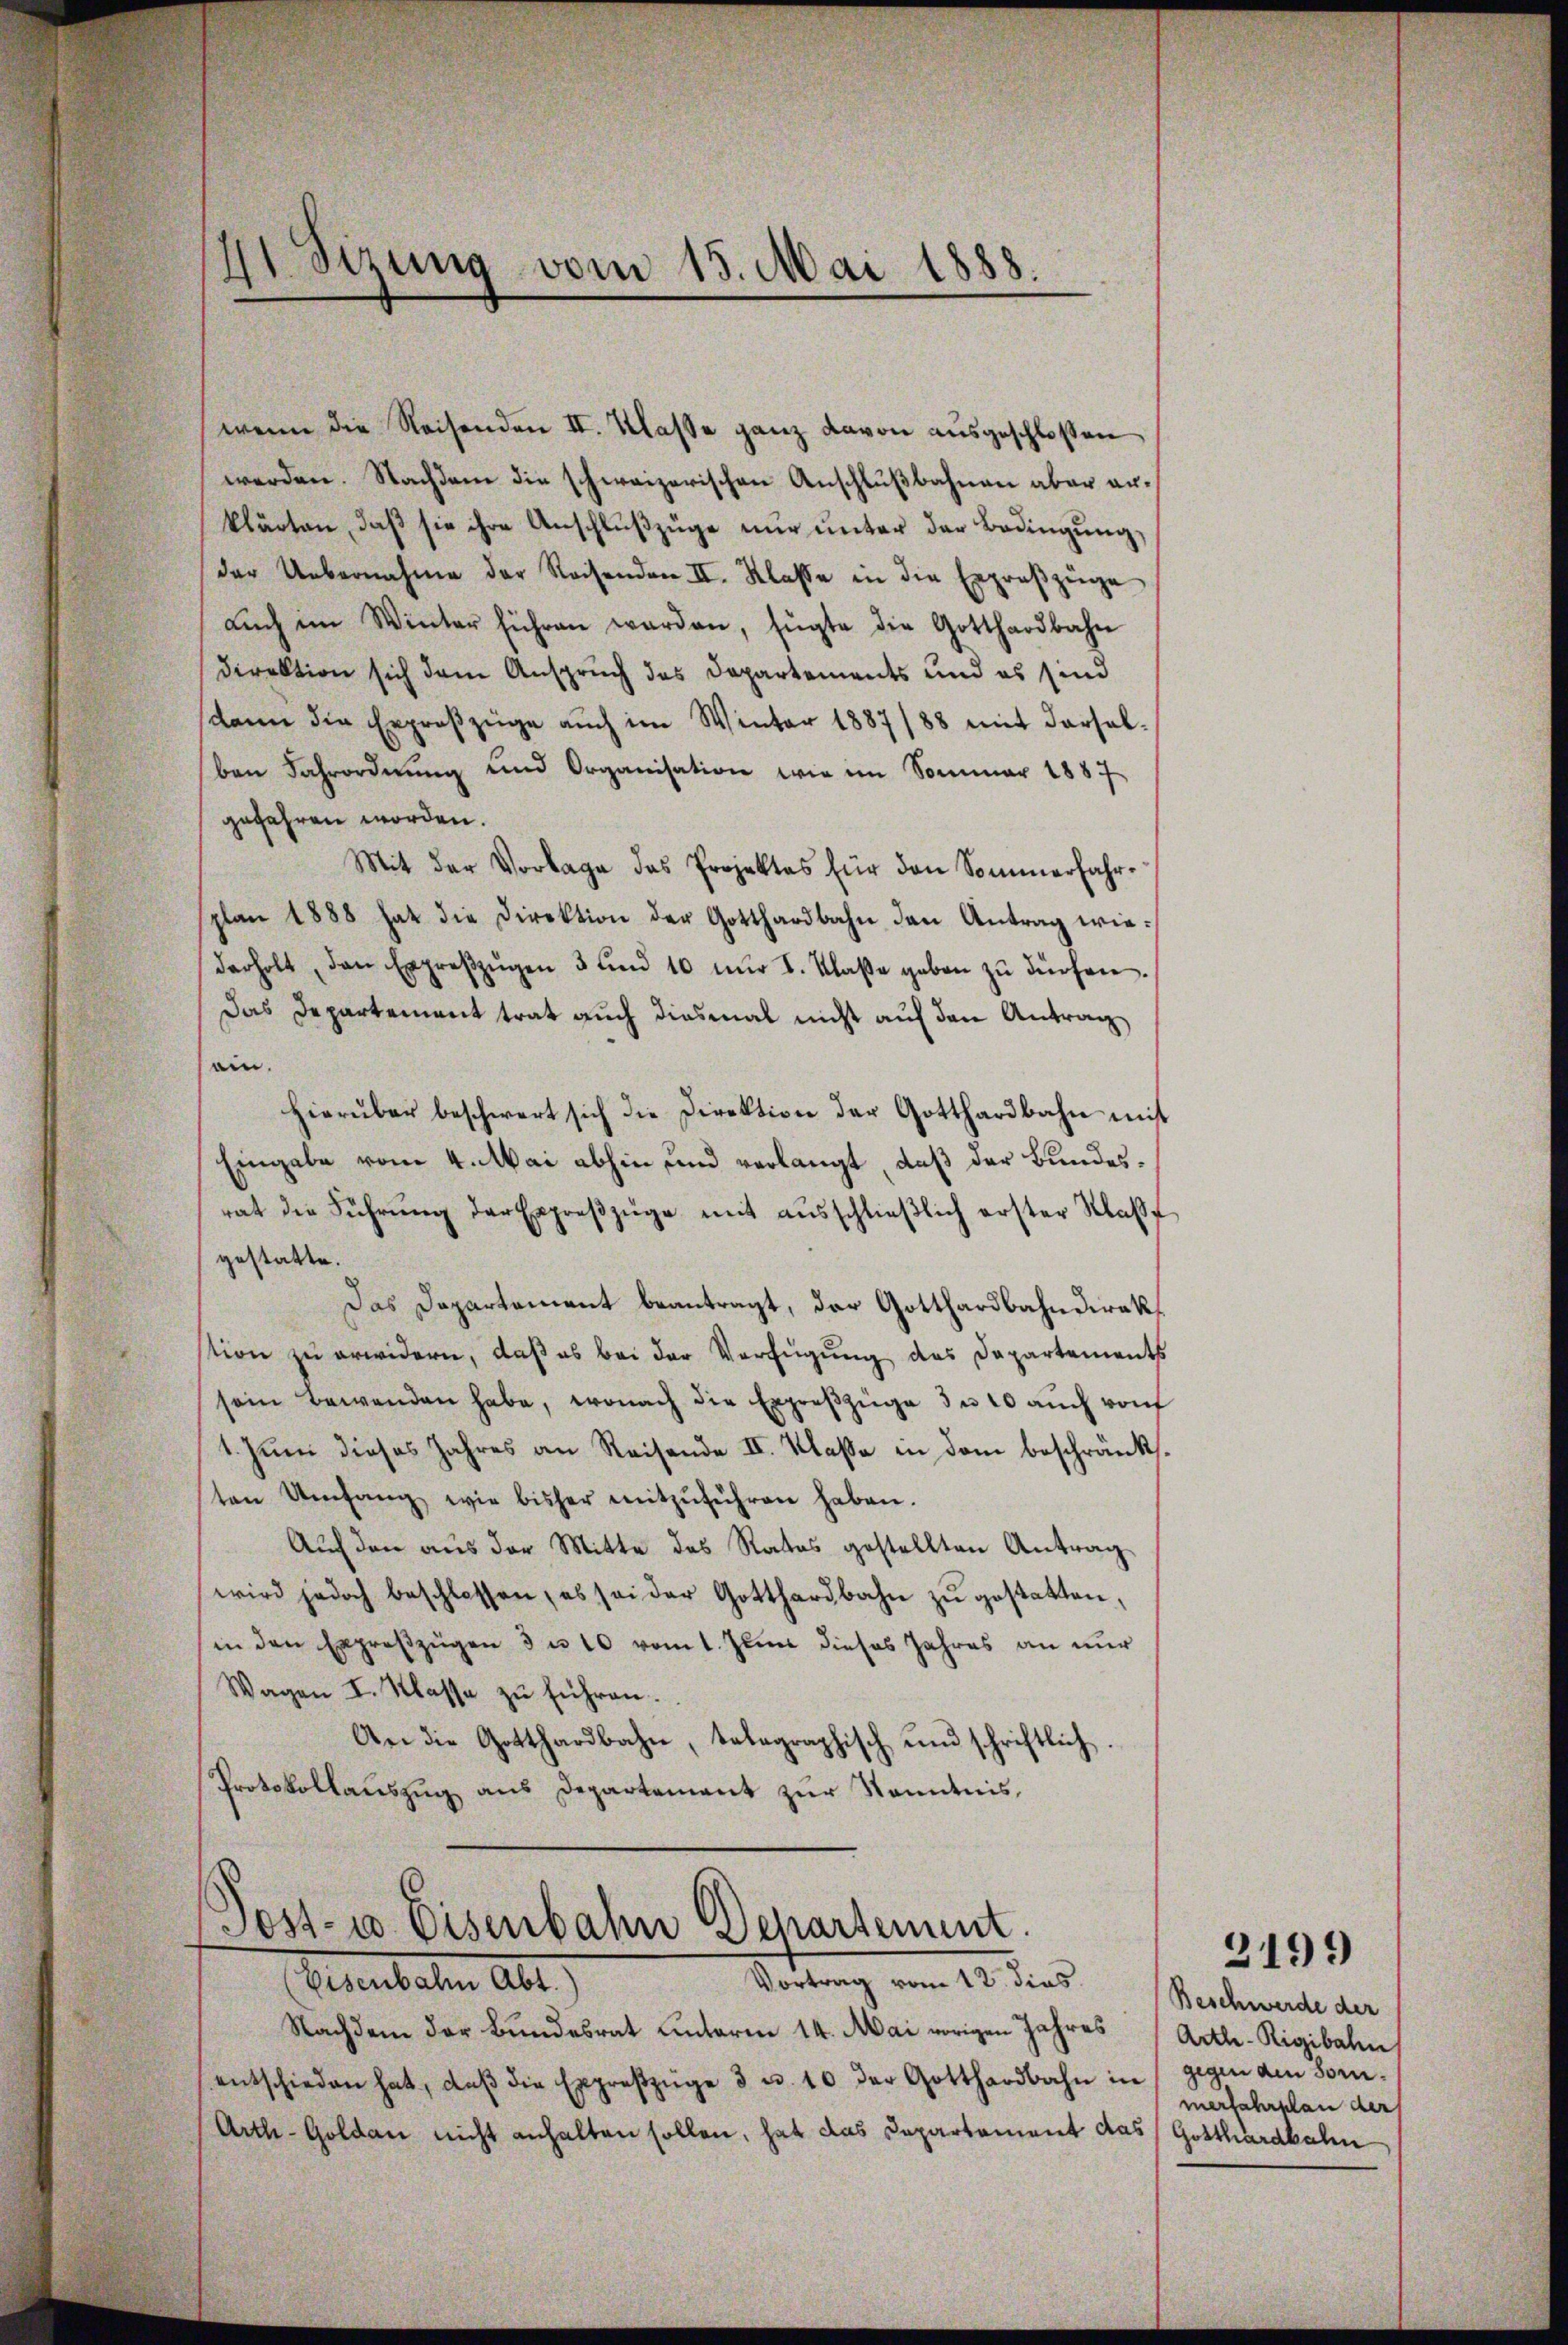
21. Sizung vom 15. Mai 1888.
.

wenn die Reisenden II. Klasse ganz davon ausgeschloßen
werden. Nachdem die schweizerischen Anschlußbahnen aber arklärten, daß sie ihre Anschlußzüge nur unter der Bedingung,
der Uebernahme der Reisenden II. Klasse in die Erproβzüge
aŭch im Winter führen werden, fügte die Gotthardbahn
Direktion sich dem Anspruch des Departements und es sind
dann die Erproßzüge auch im Winter 1887/88 mit derselben Fahrordnung und Organisation wie im Sommer 1887
gefahren worden.
Mit der Vorlage das Projektes für den Sommerfahrsplan 1888 hat die Direktion der Gotthardbahn den Antrag wiederholt, den Erpreβzŭgen 3 und 10 nŭr I. Klaße geben zŭ dürfen.
Das Departement trat auch diesmal nicht auf den Antrag
ain.
hierüber beschwert sich die Direktion der Gotthardbahn mit
Eingabe vom 4. Mai abhin und verlangt, daß der Bundesrat die Führŭng der Erpreβzüge mit aŭsschlieβlich erster Klass
gestatte.
Das Departement beantragt, der Gotthardbahndirektion zu erwidern, daß es bei der Verfügung des Departements
sein Bewenden habe, wonach die Expreßzüge de 10 auch von
1. Jŭni dieses Jahres an Reisende II. Klasse in dem beschränkt.
ten Umfang wie bisher mitzŭführen haben.
Auf den aus der Mitte des Rates gestellten Antrag
wird jedoch beschlossen, es sei der Gotthardbahn zŭ gestatten,
in den Erpreβzügen 3 u. 10 vom 1. Juni dieses Jahres an nur
Wagen I. Klasse zu führen.
An die Gotthardbahn, telegraphisch und schriftlich.
Protokollauszug aus Departement zur Kenntnis,

Sost- u. Eisenbahn Departement
Vortrag vom 12. dies

Gerbeten Abt.
Nachdem der Bundesrat unterm 14. Mai vorigen Jahres
entschieden hat, daβ die Expreszüge 3 u. 10 der Gotthardbahn in gegen den Som¬
Arth-Goldau nicht anhalten sollen, hat das Departement das Gotthardbahn

2199

Beschwerde der
Artle-Rigibahn
merfahrplan der